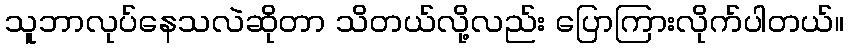
သူဘာလုပ်နေသလဲဆိုတာ သိတယ်လို့လည်း ပြောကြားလိုက်ပါတယ်။